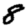
Digit: 8